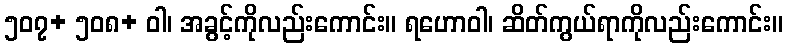
၅၀၇+ ၅၀၈+ ဝါ၊ အခွင့်ကိုလည်းကောင်း။ ရဟောဝါ၊ ဆိတ်ကွယ်ရာကိုလည်းကောင်း။